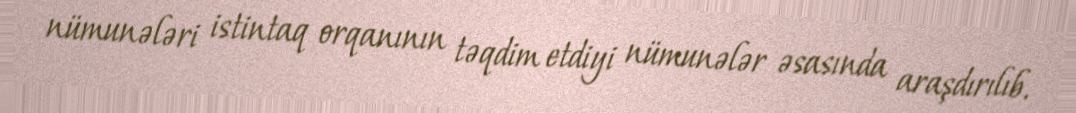
nümunələri istintaq orqanının təqdim etdiyi nümunələr əsasında araşdırılıb.